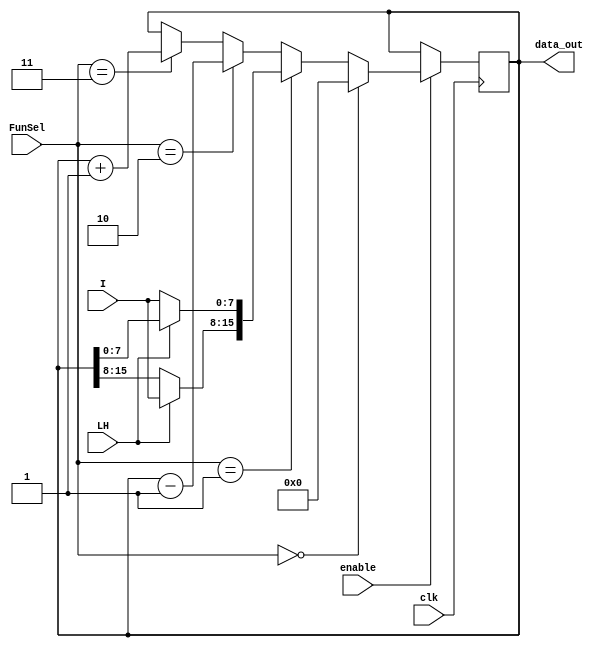
module part2a_IRreg(input clk, input[7:0] I, input [1:0] FunSel, input LH, input enable, output reg [15:0] data_out);

    always @(posedge clk)
    begin
        if (enable == 0)
            data_out = data_out;
        else
            if(FunSel == 2'b00) data_out = 16'b000000000000000;
            else if(FunSel == 2'b01) begin
                if(LH == 0) data_out[7:0] = I;
                else if(LH == 1) data_out[15:8] = I;
            end
            else if(FunSel == 2'b10) data_out = data_out - 1;
            else if(FunSel == 2'b11) data_out = data_out + 1;
    end

endmodule